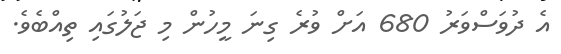
އެ ދުވަސްވަރު 680 އަށް ވުރެ ގިނަ މީހުން މި ޖަލުގައި ތިއްބެވެ.